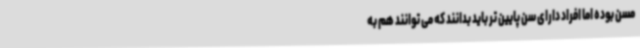
مسن بوده اما افراد دارای سن پایین تر باید بدانند که می توانند هم به